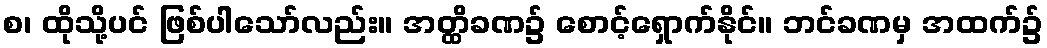
စ၊ ထိုသို့ပင် ဖြစ်ပါသော်လည်း။ အတ္ထိခဏ၌ စောင့်ရှောက်နိုင်။ ဘင်ခဏမှ အထက်၌